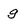
Character: g